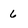
Character: 6